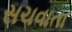
સચવાતા